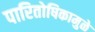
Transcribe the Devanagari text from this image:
पारितोषिकामुळे